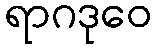
ရာဂဒုဝေ